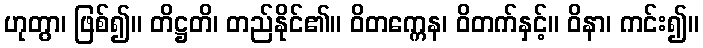
ဟုတွာ၊ ဖြစ်၍။ တိဋ္ဌတိ၊ တည်နိုင်၏။ ဝိတက္ကေန၊ ဝိတက်နှင့်။ ဝိနာ၊ ကင်း၍။